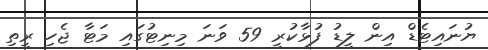
ޔުނައިޓެޑް އިން ލީޑު ފުޅާކުރީ 59 ވަނަ މިނިޓުގައި މަޓާ ޖެހި ރީތި